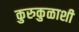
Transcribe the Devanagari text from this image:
कुरुकुळाशी